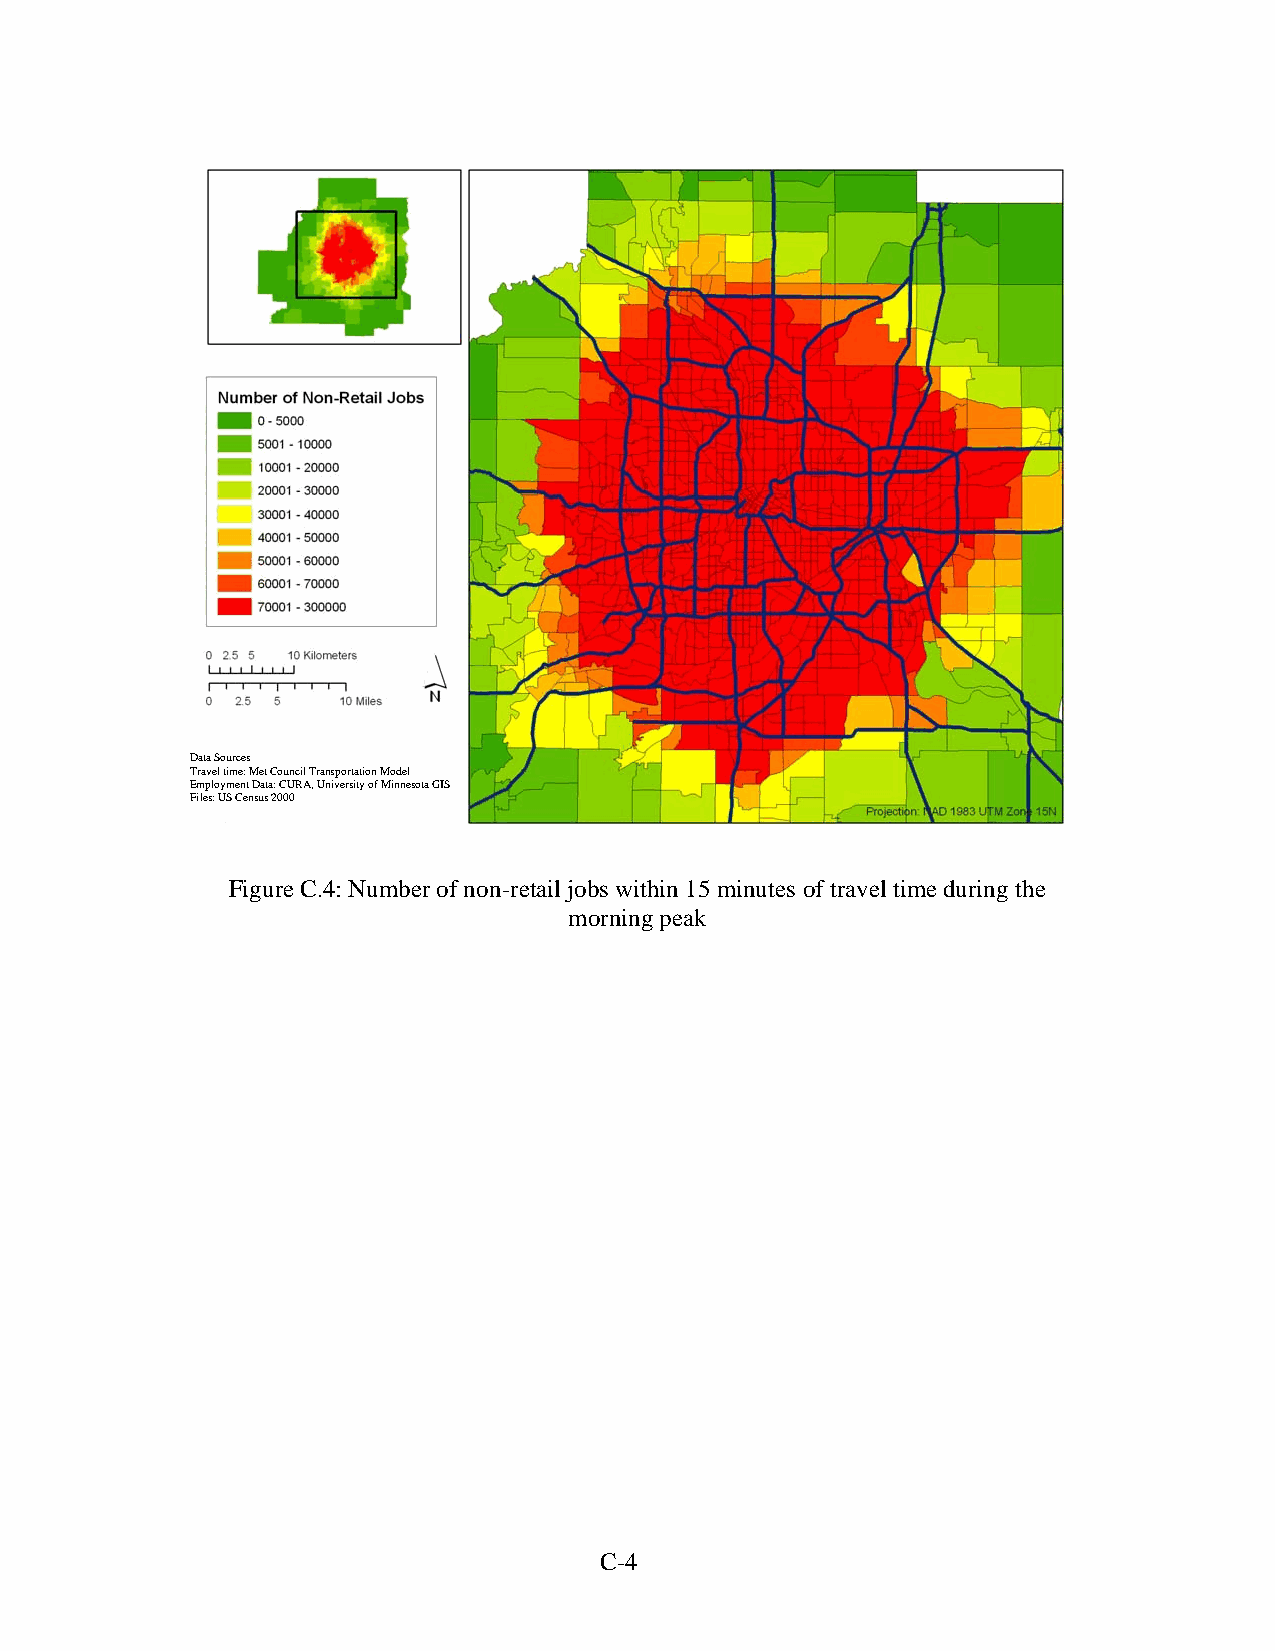
Data Sources
 Travel time: Met Council Transportation Model
 Employment Data: CURA, University of Minnesota GIS
 Files: US Census 2000
 Figure C.4: Number of non-retail jobs within 15 minutes of travel time during the
 morning peak
 C-4